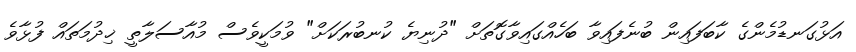
އަޅުގަނޑުމެންގެ ކާބަފައިން ބުނެފައިވާ ބަހެއްގައިވާގޮތަށް "ދުނިޔެ ކުނބުރަކަށް" ވުމަކީވެސް މުއާސަލާތީ ޚިދުމަތައް ފުޅާވެ